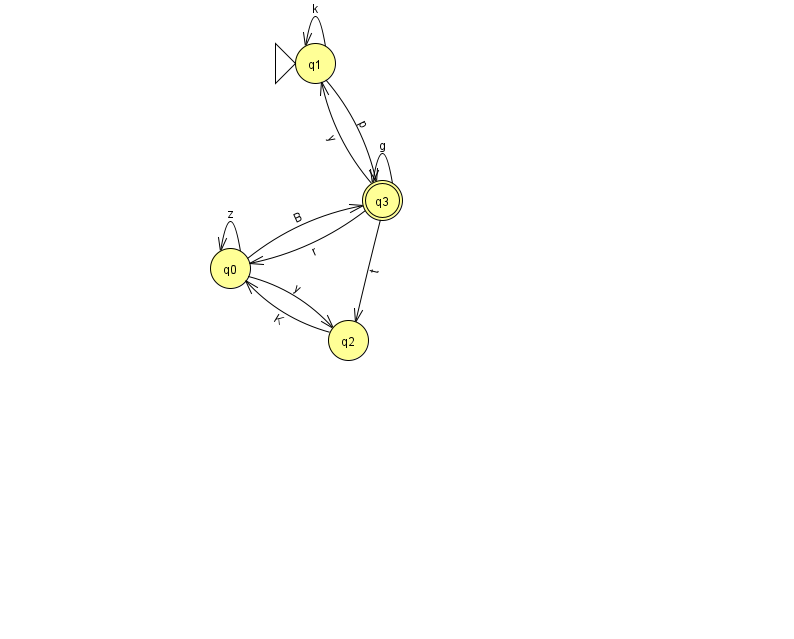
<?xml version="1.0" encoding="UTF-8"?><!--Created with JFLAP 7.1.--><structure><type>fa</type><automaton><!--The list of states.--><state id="0" name="q0"><x>230.0</x><y>255.0</y></state><state id="1" name="q1"><x>315.0</x><y>50.0</y><initial/></state><state id="2" name="q2"><x>348.0</x><y>327.0</y></state><state id="3" name="q3"><x>382.0</x><y>187.0</y><final/></state><!--The list of transitions.--><transition><from>3</from><to>1</to><read>y</read></transition><transition><from>3</from><to>3</to><read>g</read></transition><transition><from>2</from><to>0</to><read>K</read></transition><transition><from>0</from><to>0</to><read>z</read></transition><transition><from>0</from><to>2</to><read>y</read></transition><transition><from>0</from><to>3</to><read>B</read></transition><transition><from>1</from><to>1</to><read>k</read></transition><transition><from>3</from><to>0</to><read>r</read></transition><transition><from>1</from><to>3</to><read>p</read></transition><transition><from>3</from><to>2</to><read>t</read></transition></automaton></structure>